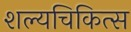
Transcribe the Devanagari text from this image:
शल्यचिकित्स